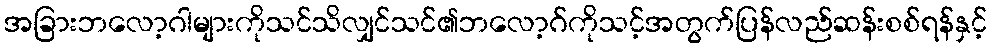
အခြားဘလော့ဂါများကိုသင်သိလျှင်သင်၏ဘလော့ဂ်ကိုသင့်အတွက်ပြန်လည်ဆန်းစစ်ရန်နှင့်